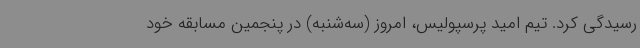
رسیدگی کرد. تیم امید پرسپولیس، امروز (سه‌شنبه) در پنجمین مسابقه خود